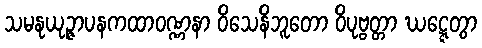
သမနုယုဉ္ဇာပနကထာဝဏ္ဏနာ ဝိသေနိဘူတော ဝိပုဗ္ဗတ္တာ ဃဋ္ဋေတွာ